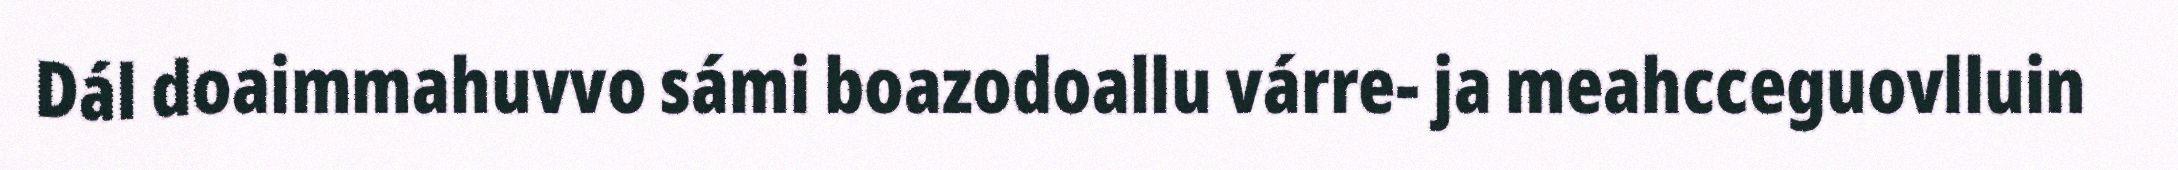
Dál doaimmahuvvo sámi boazodoallu várre- ja meahcceguovlluin